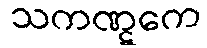
သကဏ္ဋကေ